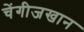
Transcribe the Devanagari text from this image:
चेंगीजखान